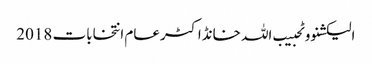
الیکشنووٹحبیب اللہ خانڈاکٹرعام انتخابات 2018